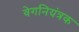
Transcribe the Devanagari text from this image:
वेगनियंत्रक